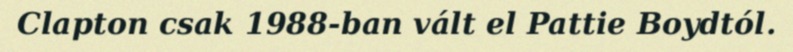
Clapton csak 1988-ban vált el Pattie Boydtól.